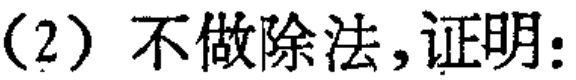
（2）不做除法，证明：